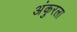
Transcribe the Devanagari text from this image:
अंकुरला